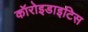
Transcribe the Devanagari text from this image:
कॉरोइडाइटिस